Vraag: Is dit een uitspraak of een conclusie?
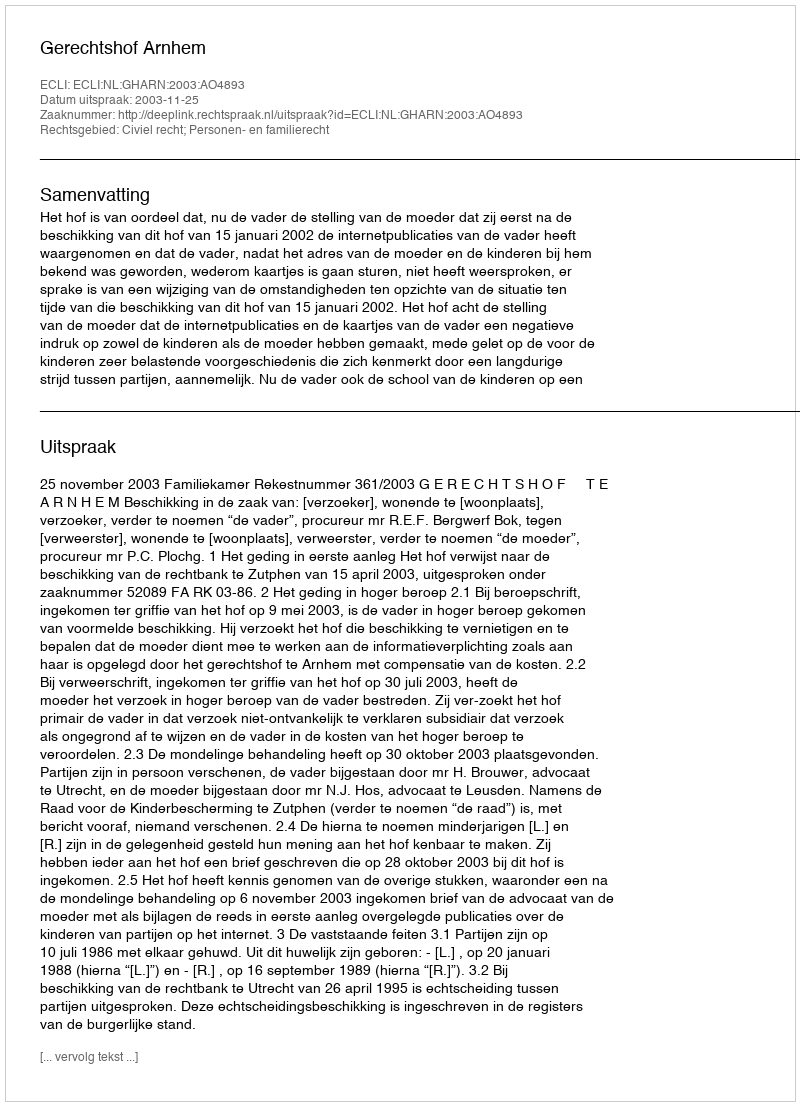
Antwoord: Uitspraak